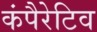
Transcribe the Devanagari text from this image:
कंपैरेटिव